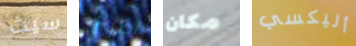
سيث اطبخ مكان أليكسي